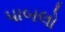
પાબલો